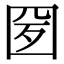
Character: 𡇕